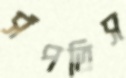
সঁপতিস